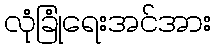
လုံခြုံရေးအင်အား